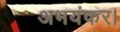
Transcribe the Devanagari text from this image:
अभयंकर।